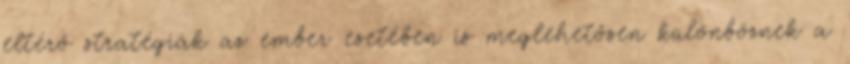
eltérő stratégiák az ember esetében is meglehetősen különböznek a